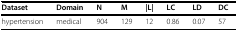
<table><thead><tr><td><b>Dataset</b></td><td><b>Domain</b></td><td><b>N</b></td><td><b>M</b></td><td><b>|L|</b></td><td><b>LC</b></td><td><b>LD</b></td><td><b>DC</b></td></tr></thead><tbody><tr><td>hypertension</td><td>medical</td><td>904</td><td>129</td><td>12</td><td>0.86</td><td>0.07</td><td>57</td></tr></tbody></table>